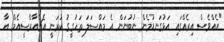
"އެއްވެސް އިރެއްގައި އަޅުގަނޑުމެން ނުބުނަން އެ މައްސަލަ ތަހުގީގު ކުރަނީ އެޗްއާރްސީއެމް އާ